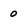
Character: 0